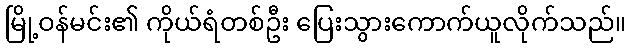
မြို့ဝန်မင်း၏ ကိုယ်ရံတစ်ဦး ပြေးသွားကောက်ယူလိုက်သည်။